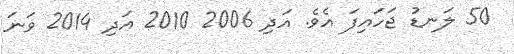
50 ލަނޑު ޖަހައިފަ އެވެ. އަދި 2006 2010 އަދި 2014 ވަނަ